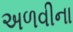
અળવીના